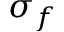
\sigma _ { f }